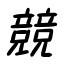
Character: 競